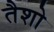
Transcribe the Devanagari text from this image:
तैशो